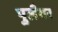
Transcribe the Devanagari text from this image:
पुलैयर